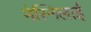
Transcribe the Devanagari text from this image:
मेस्निलाई